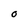
Character: O